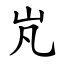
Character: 㞩